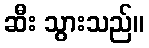
ဆီး သွားသည်။